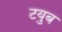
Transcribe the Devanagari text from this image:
टयुब